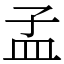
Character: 孟